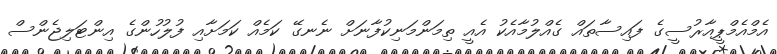
އެމްއެމްޕީއާރުސީގެ ފައިސާތައް ގެއްލުމާއެކު އެއީ ތިމަންމަނިކުފާނަށް ނެނގޭ ކަމެއް ކަމަށާއި ފުލުހުންގެ އިންޓަލިޖެންސް